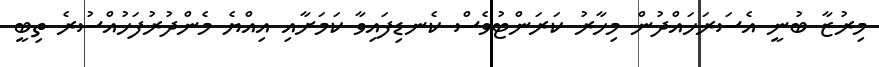
މިރުޒާ ބުނީ އެސަރަހައްދުން މިހާރު ކަރަންޓުވެސް ކެނޑިފައިވާ ކަމަށާއި އިއްޔެ މެންދުރުފަހުއްސުރެ ތިބީ